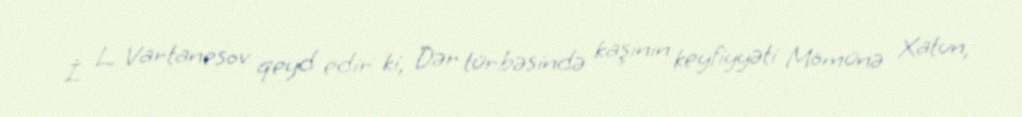
İ. L. Vartanesov qeyd edir ki, Dər türbəsində kaşının keyfiyyəti Mömünə Xatun,